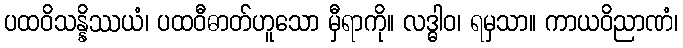
ပထဝိသန္နိဿယံ၊ ပထဝီဓာတ်ဟူသော မှီရာကို။ လဒ္ဓါဝ၊ ရမှသာ။ ကာယဝိညာဏံ၊